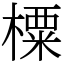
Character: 㯨